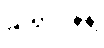
ဆရာဝန်နဲ့